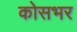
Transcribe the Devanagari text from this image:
कोसभर